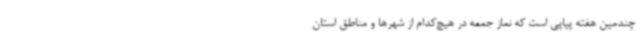
چندمین هفته پیاپی است که نماز جمعه در هیچ‌کدام از شهرها و مناطق استان